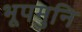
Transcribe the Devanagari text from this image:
भूपमुनि